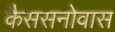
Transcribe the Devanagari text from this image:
कैससनोवास